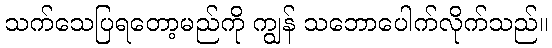
သက်သေပြရတော့မည်ကို ကျွန် သဘောပေါက်လိုက်သည်။